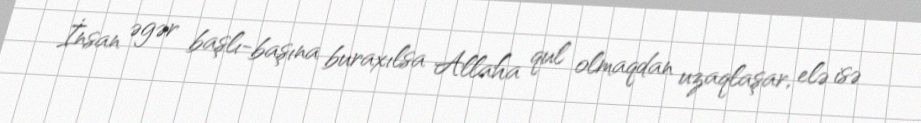
İnsan əgər başlı-başına buraxılsa Allaha qul olmaqdan uzaqlaşar, elə isə